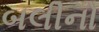
બલીનો